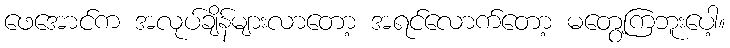
ဖေအောင်က အလုပ်ချိန်များလာတော့ အရင်လောက်တော့ မတွေ့ကြဘူးပေါ့။